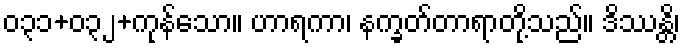
၀၃၁+၀၃၂+ကုန်သော။ ဟာရကာ၊ နက္ခတ်တာရာတို့သည်။ ဒိဿန္တိ၊